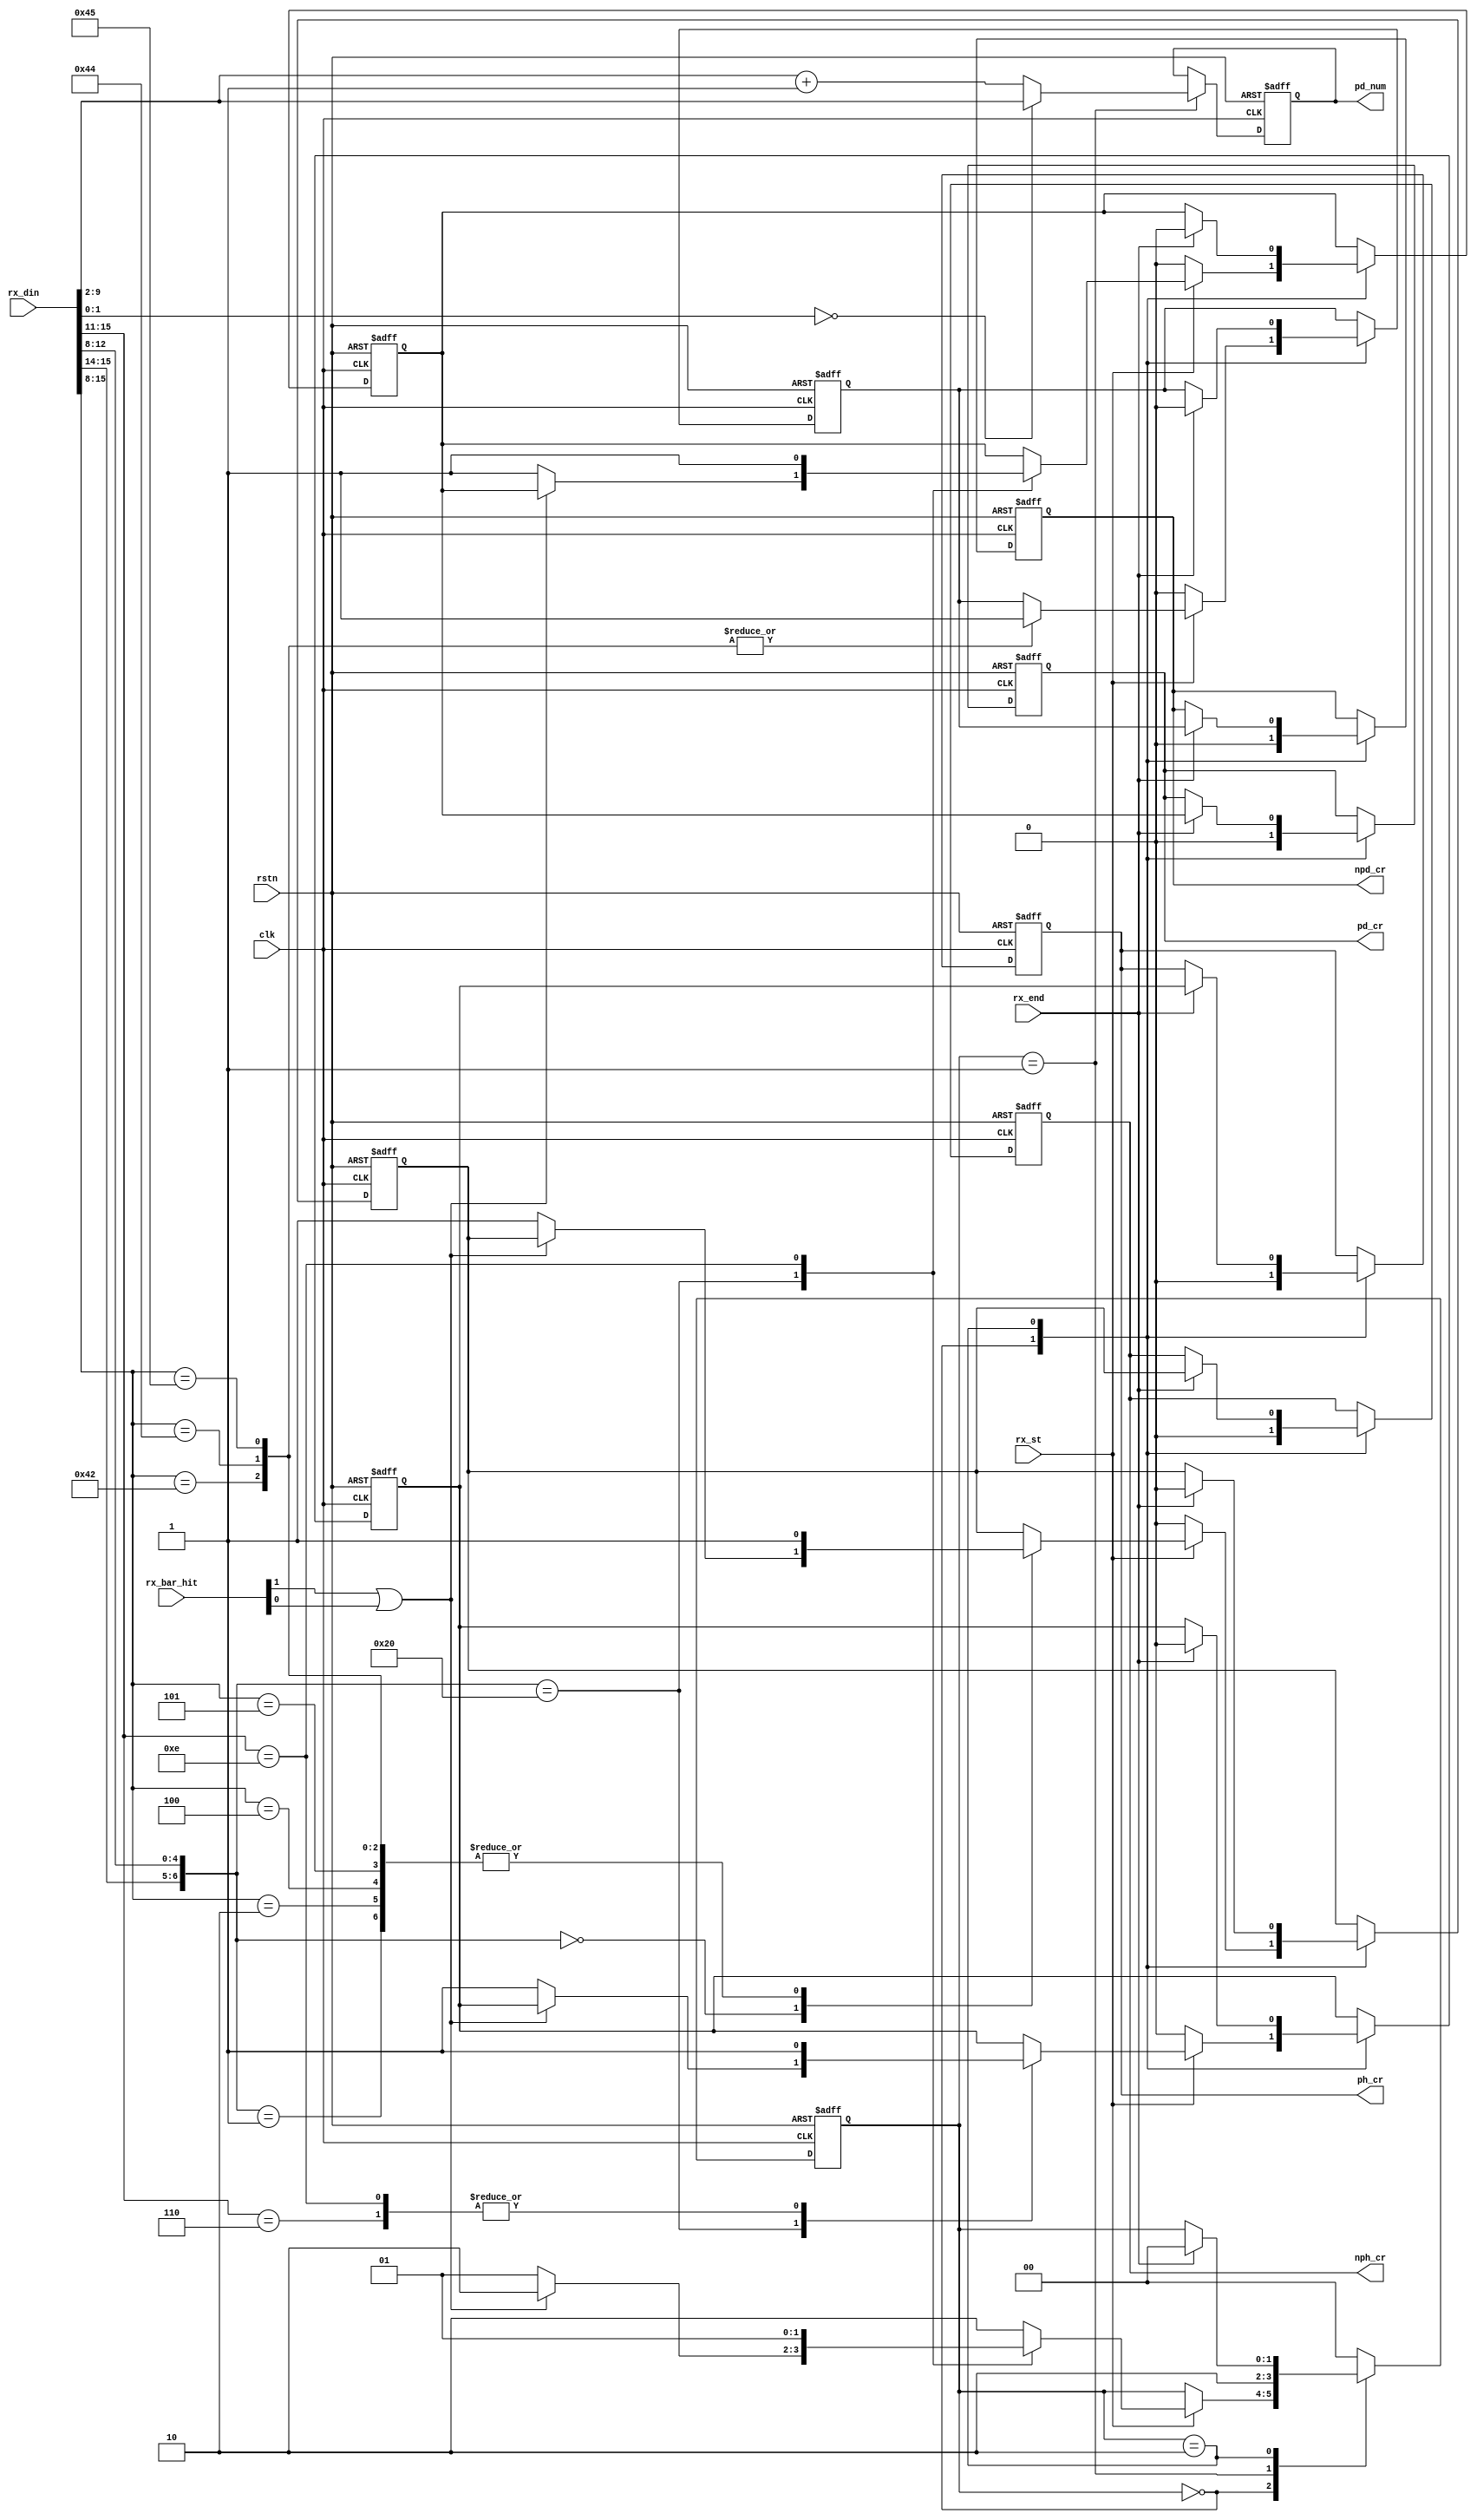
// $Id: ip_rx_crpr.v,v 1.1.1.1 2008/07/01 17:34:22 jfreed Exp $

module ip_rx_crpr(clk, rstn,
               rx_st, rx_end, rx_din, rx_bar_hit,
               pd_cr, pd_num, ph_cr, npd_cr, nph_cr
);

input clk;
input rstn;

input rx_st;
input rx_end;
input [15:0] rx_din;
input [6:0] rx_bar_hit;

output pd_cr;
output [7:0] pd_num;
output ph_cr;
output npd_cr;
output nph_cr;

localparam e_IDLE     = 0;
localparam e_DATA_LEN = 1;
localparam e_WAIT     = 2;

reg pd_cr;
reg [7:0] pd_num;
reg ph_cr;
reg npd_cr;
reg nph_cr;

reg one_nph;
reg one_ph;
reg one_pd;
reg one_npd;

reg [1:0] sm;


always @(posedge clk or negedge rstn)
begin
  if (~rstn)
  begin
    pd_cr <= 1'b0;
    pd_num <= 8'd0;
    ph_cr <= 1'b0;
    npd_cr <= 1'b0;
    nph_cr <= 1'b0;
    one_ph <= 1'b0;
    one_pd <= 1'b0;
    one_nph <= 1'b0;
    one_npd <= 1'b0;
   
    sm <= e_IDLE;
  end
  else
  begin
  
    case (sm)    
    e_IDLE: // wait for TLP
    begin  
      // Decode Type of Request
      if (rx_st) begin
        sm <= e_WAIT;
        casex (rx_din[15:8])
        //8'h00: // MRd to BAR other than 0 or 1
        8'b00x0_0000: //0000_0000 for 3DW mrd; 0010_0000 for 4DW mrd; 
        begin
          if (~(rx_bar_hit[1] || rx_bar_hit[0])) //8'h40: // MWr to BAR other than 0 or 1
            one_nph <= 1'b1;
        end
        8'b00x0_0001: //0000_0001 for 3DW mrdlk; 0010_0001 for 4DW mrdlk 
          one_nph <= 1'b1;
        8'b01x0_0000: //0100_0000 for 3DW mwr; 0110_0000 for 4DW mwr
        begin
          if (~(rx_bar_hit[1] || rx_bar_hit[0]))
          begin            
            one_ph <= 1'b1;
            one_pd <= 1'b1;
            sm <= e_DATA_LEN;
          end
        end
        8'b0000_0010: begin //IO Rd
           one_nph <= 1'b1;
        end
        8'b0100_0010: begin //IO Wr
           one_nph <= 1'b1;
           one_npd <= 1'b1;
        end
        8'b00110xxx: // Msg
        begin
          one_ph <= 1'b1;
        end      
        8'b01110xxx: // MsgD
        begin
          one_ph <= 1'b1;
          one_pd <= 1'b1;
          sm <= e_DATA_LEN;
          //pd_num <= rx_din[38:32]; // get length
          //pd_num <= (rx_din[1:0] == 2'b00) ? rx_din[9:2] : (rx_din[9:2] + 1); // get length        
        end      
        8'h44: // CfgWr0
        begin
          one_nph <= 1'b1;
          one_npd <= 1'b1;
        end      
        8'h04: // CfgRd0
        begin
          one_nph <= 1'b1;
        end              
        8'h45: // CfgWr1
        begin
          one_nph <= 1'b1;
          one_npd <= 1'b1;
        end      
        8'h05: // CfgRd1
        begin
          one_nph <= 1'b1;
        end              
        default:  
        begin          
        end
        endcase    
      end
      else
      begin
        one_ph <= 1'b0;
        one_pd <= 1'b0;
        one_nph <= 1'b0;
        one_npd <= 1'b0;
      end
      
      ph_cr <= 1'b0;
      pd_cr <= 1'b0;
      nph_cr <= 1'b0;
      npd_cr <= 1'b0;
      
    end
    e_DATA_LEN: begin
      //pd_num <= rx_din[38:32]; // get length          
      pd_num <= (rx_din[1:0] == 2'b00) ? rx_din[9:2] : (rx_din[9:2] + 1); // get length     
      sm <= e_WAIT;
    end
    e_WAIT:  // process credits
    begin
      if (rx_end) begin
         ph_cr <= one_ph;
         one_ph <= 1'b0;
         
         nph_cr <= one_nph;
         one_nph <= 1'b0;
         
         npd_cr <= one_npd;
         one_npd <= 1'b0;
         
         pd_cr <= one_pd;      
         one_pd <= 1'b0;
      
         sm <= e_IDLE;
      end
          
    end
    default:
    begin
       sm <= e_IDLE; 
    end
    endcase
    
  end // clk
end


endmodule